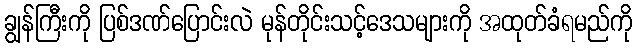
ချွန်ကြီးကို ပြစ်ဒဏ်ပြောင်းလဲ မုန်တိုင်းသင့်ဒေသများကို အထုတ်ခံရမည်ကို